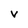
Character: v